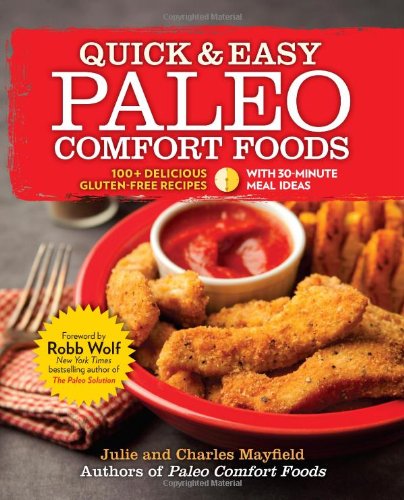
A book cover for Quick & Easy Paleo Comfort Foods: 100+ Delicious Gluten-Free Recipes; Julie and Charles Mayfield; Cookbooks, Food & Wine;